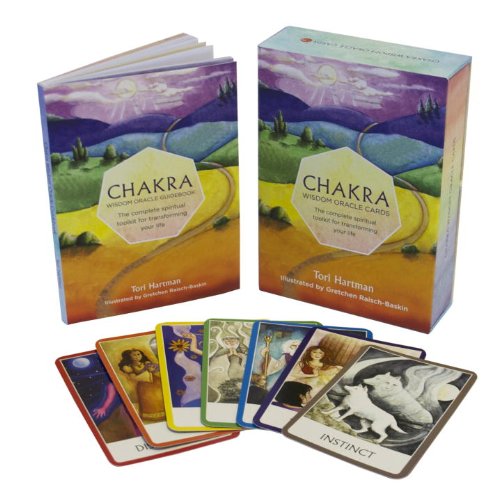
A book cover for Chakra Wisdom Oracle Cards: The Complete Spiritual Toolkit for Transforming Your Life; Tori Hartman; Religion & Spirituality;